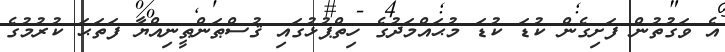
އެ ވަގުތުން ފަށިގެން ކުޑަ ކުޑަ މުޙައްމަދުގެ ހިތްޕުޅުގައި ޤުސްޠަންޠީނިއްޔާ ފަތަޙަ ކުރުމުގެ